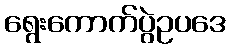
ရွေးကောက်ပွဲဥပဒေ